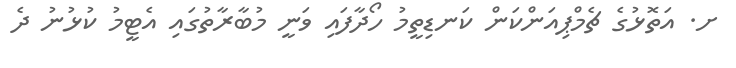
ށ. އަތޮޅުގެ ޗެމްޕިއަންކަން ކަނޑިތީމު ހޯދާފައި ވަނީ މުބާރާތުގައި އެޓީމު ކުޅުނު ދެ